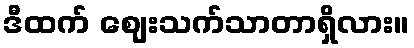
ဒီထက် ဈေးသက်သာတာရှိလား။